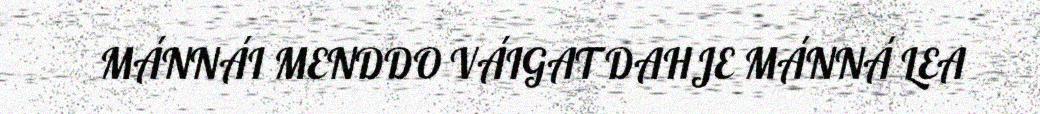
MÁNNÁI MENDDO VÁIGAT DAHJE MÁNNÁ LEA